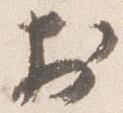
於